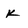
Character: K